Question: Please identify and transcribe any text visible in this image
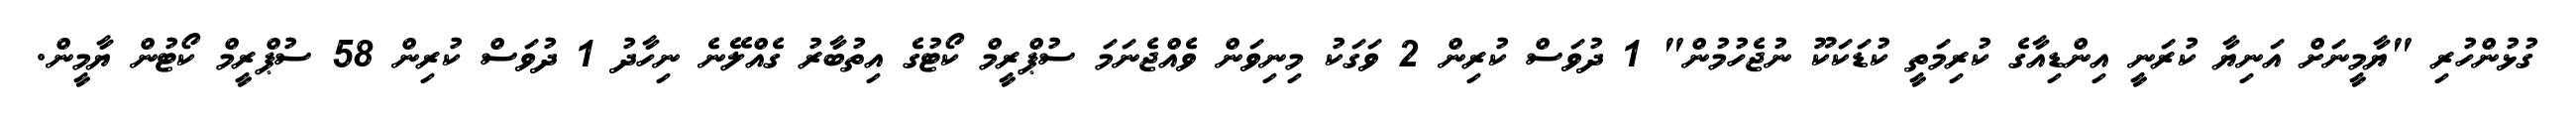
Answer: ގުޅުންހުރި "ޔާމީނަށް އަނިޔާ ކުރަނީ އިންޑިއާގެ ކުރިމަތީ ކުޑަކަކޫ ނުޖެހުމުން" 1 ދުވަސް ކުރިން 2 ވަގަކު މިނިވަން ވެއްޖެނަމަ ސުޕްރީމް ކޯޓުގެ އިތުބާރު ގެއްލޭނެ ނިހާދު 1 ދުވަސް ކުރިން 58 ސުޕްރީމް ކޯޓުން ޔާމީން.